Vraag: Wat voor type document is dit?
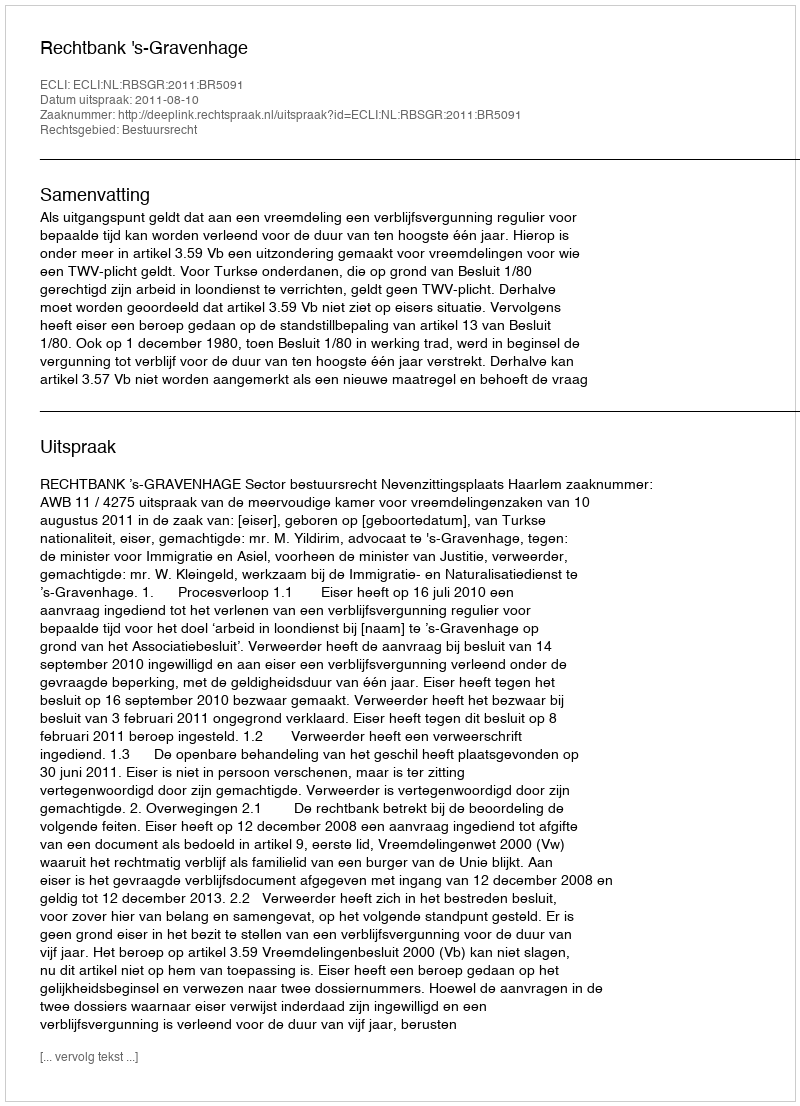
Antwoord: Uitspraak